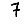
Digit: 7